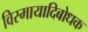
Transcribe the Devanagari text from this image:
विस्मायादिबोधक